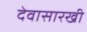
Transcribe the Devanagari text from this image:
देवासारखी